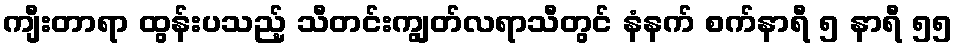
ကျီးတာရာ ထွန်းပသည့် သီတင်းကျွတ်လရာသီတွင် နံနက် စက်နာရီ ၅ နာရီ ၅၅